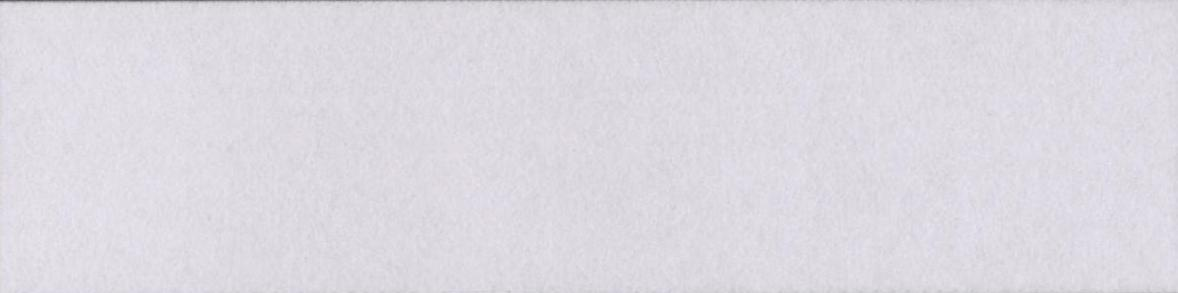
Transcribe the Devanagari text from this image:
दसूहाब्लॉक